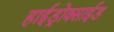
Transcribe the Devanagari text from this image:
हाईड्रोक्साईड